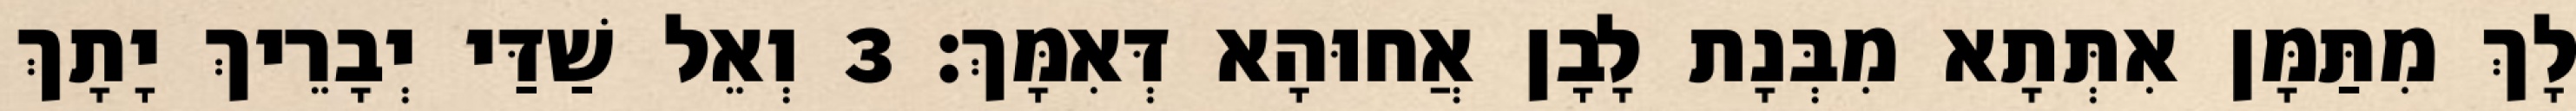
לָךְ מִתַּמָּן אִתְּתָא מִבְּנָת לָבָן אֲחוּהָא דְּאִמָּךְ׃ 3 וְאֵל שַׁדַּי יְבָרֵיךְ יָתָךְ